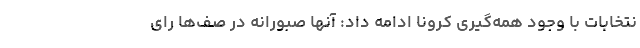
نتخابات با وجود همه‌گیری کرونا ادامه داد: آنها صبورانه در صف‌ها رای